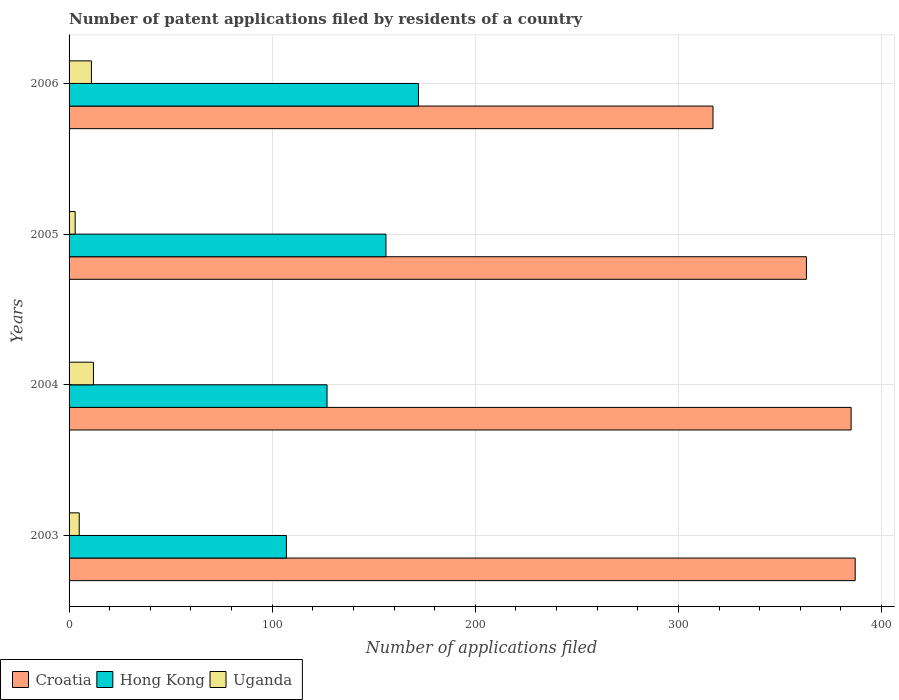
| Years | Croatia | Hong Kong | Uganda |
 | --- | --- | --- | --- |
 | 2003 | 387 | 107 | 5 |
 | 2004 | 385 | 127 | 12 |
 | 2005 | 363 | 156 | 3 |
 | 2006 | 317 | 172 | 11 |